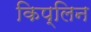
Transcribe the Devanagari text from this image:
किप्लिन